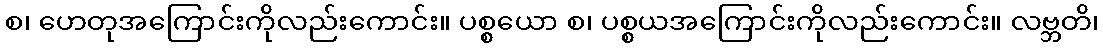
စ၊ ဟေတုအကြောင်းကိုလည်းကောင်း။ ပစ္စယော စ၊ ပစ္စယအကြောင်းကိုလည်းကောင်း။ လဗ္ဘတိ၊